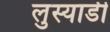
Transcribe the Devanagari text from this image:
लुस्यार्डी